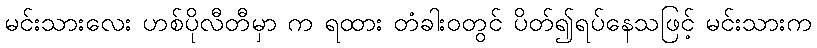
မင်းသားလေး ဟစ်ပိုလီတီမှာ က ရထား တံခါးဝတွင် ပိတ်၍ရပ်နေသဖြင့် မင်းသားက